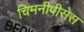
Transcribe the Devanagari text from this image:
चिमनीपीसेस